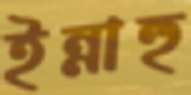
ইন্নাহু